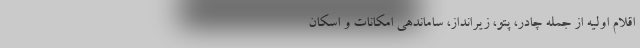
اقلام اولیه از جمله چادر، پتو، زیرانداز، ساماندهی امکانات و اسکان